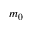
m _ { 0 }